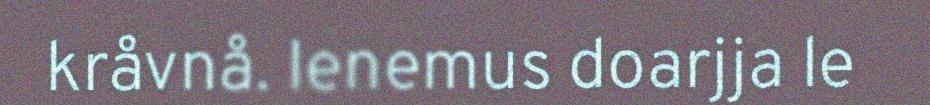
kråvnå. Ienemus doarjja le